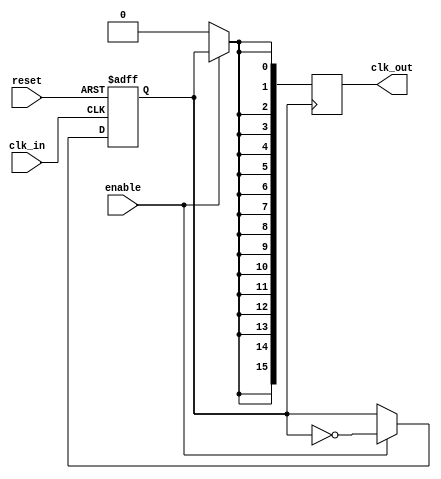
module HighFanoutClockBuffer #(
    parameter N = 16           // Number of outputs
)(
    input wire clk_in,        // Clock input
    input wire enable,        // Enable control for clock output
    input wire reset,         // Reset signal
    output reg [N-1:0] clk_out // Clock outputs
);

// Parameters for signal integrity
localparam HIGH = 1'b1;
localparam LOW  = 1'b0;

// Internal signal for clock output
reg clk_internal;

// Clock generation process
always @(posedge clk_in or posedge reset) begin
    if (reset) begin
        clk_internal <= LOW;
    end else if (enable) begin
        clk_internal <= ~clk_internal; // Toggle the internal clock
    end
end

// Clock distribution process to multiple outputs
integer i;
always @(posedge clk_internal) begin
    if (enable) begin
        for (i = 0; i < N; i = i + 1) begin
            clk_out[i] <= clk_internal; // Drive each clock output
        end
    end else begin
        clk_out <= {N{1'b0}}; // Disable outputs when not enabled
    end
end

// Optional: adding clock gating for power efficiency
// (Additional features can be implemented as needed)

// Simulation model for jitter and rise/fall time can be included
// (Typically done at the synthesis level in a real design)

// Verification of the clock buffer can be done via testbench
// (Not included in this example for brevity)

endmodule